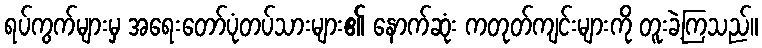
ရပ်ကွက်များမှ အရေးတော်ပုံတပ်သားများ၏ နောက်ဆုံး ကတုတ်ကျင်းများကို တူးခဲ့ကြသည်။